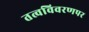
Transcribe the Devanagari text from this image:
तत्वविवरणपर